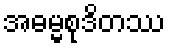
အဓမ္မစုဒိတဿ